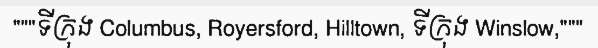
"""ទីក្រុង Columbus, Royersford, Hilltown, ទីក្រុង Winslow,"""